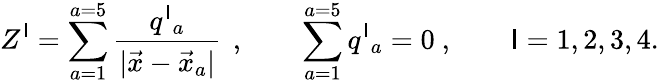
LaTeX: Z^{\mathsf{I}}=\sum_{a=1}^{a=5}{\frac{{q^{\mathsf{I}}{}_{a}}}{{|\vec{{x}}-\vec{{x}}_{a}|}}}\, \ ,\qquad\sum_{a=1}^{a=5}q^{\mathsf{I}}{}_{a}=0\ ,\qquad\mathsf{I}=1,2,3,4.